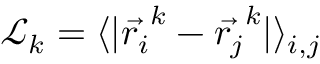
\mathcal { L } _ { k } = \langle | \vec { r _ { i } } ^ { k } - \vec { r _ { j } } ^ { k } | \rangle _ { i , j }